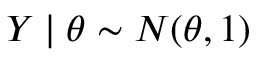
Y \mid \theta \sim N ( \theta , 1 )